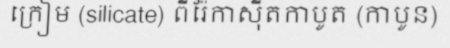
ក្រៀម (silicate) ពីរ៉ែកាស៊ីតកាបូត (កាបូន)